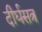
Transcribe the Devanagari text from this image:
दीर्घसत्र